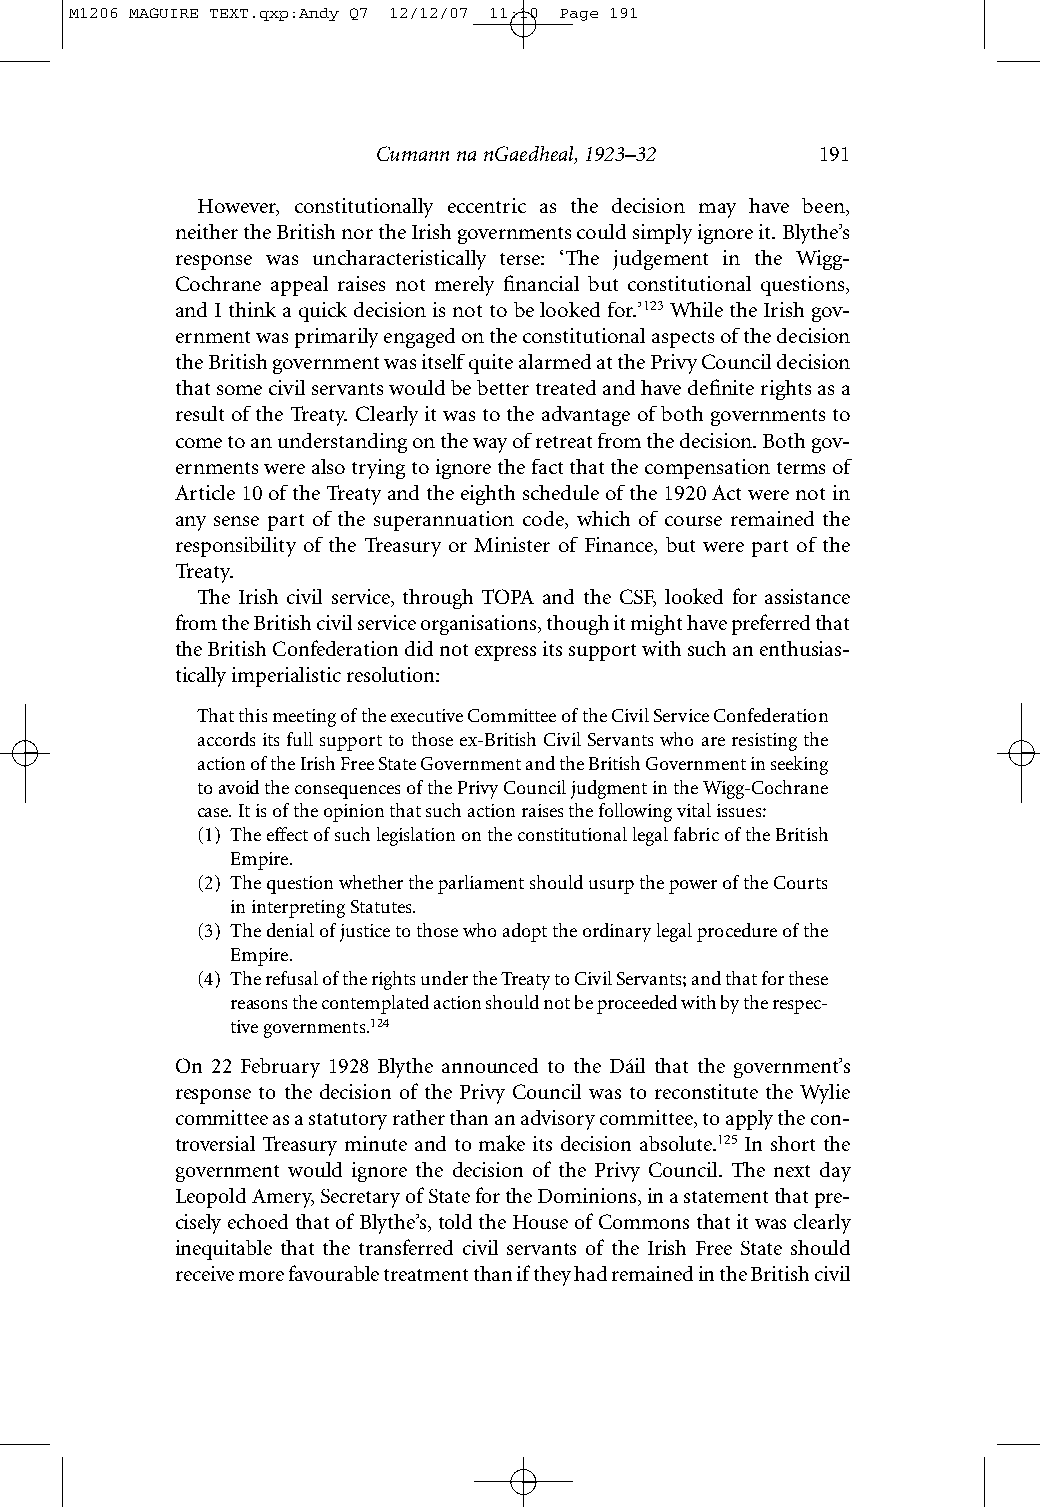
M1206 MAGUIRE TEXT.qxp:Andy Q7 12/12/07 11:10 Page 191
 Cumann na nGaedheal, 1923–32 191
 However, constitutionally eccentric as the decision may have been,
 neithertheBritishnortheIrishgovernmentscouldsimplyignoreit.Blythe’s
 response was uncharacteristically terse: ‘The judgement in the Wigg-
 Cochrane appeal raises not merely financial but constitutional questions,
 andIthinkaquickdecisionisnottobelookedfor.’123WhiletheIrishgov-
 ernmentwasprimarilyengagedontheconstitutionalaspectsofthedecision
 theBritishgovernmentwasitselfquitealarmedatthePrivyCouncildecision
 thatsomecivilservantswouldbebettertreatedandhavedefiniterightsasa
 resultof theTreaty.Clearlyitwastotheadvantageof bothgovernmentsto
 cometoanunderstandingonthewayofretreatfromthedecision.Bothgov-
 ernmentswerealsotryingtoignorethefactthatthecompensationtermsof
 Article10of theTreatyandtheeighthscheduleof the1920Actwerenotin
 any sense part of the superannuation code, which of course remained the
 responsibility of the Treasury or Minister of Finance, but were part of the
 Treaty.
 The Irish civil service, through TOPA and the CSF, looked for assistance
 from the British civil service organisations, though it might have preferred that
 the British Confederation did not express its support with such an enthusias-
 tically imperialistic resolution:
 That this meeting of the executive Committee of the Civil Service Confederation
 accords its full support to those ex-British Civil Servants who are resisting the
 action of the Irish Free State Government and the British Government in seeking
 to avoid the consequences of the Privy Council judgment in the Wigg-Cochrane
 case. It is of the opinion that such action raises the following vital issues:
 (1) The effect of such legislation on the constitutional legal fabric of the British
 Empire.
 (2) The question whether the parliament should usurp the power of the Courts
 in interpreting Statutes.
 (3) The denial of justice to those who adopt the ordinary legal procedure of the
 Empire.
 (4) The refusal of the rights under the Treaty to Civil Servants; and that for these
 reasons the contemplated action should not be proceeded with by the respec-
 tive governments.124
 On 22 February 1928 Blythe announced to the Dáil that the government’s
 response to the decision of the Privy Council was to reconstitute the Wylie
 committee as a statutory rather than an advisory committee, to apply the con-
 troversial Treasury minute and to make its decision absolute.125 In short the
 government would ignore the decision of the Privy Council. The next day
 Leopold Amery, Secretary of State for the Dominions, in a statement that pre-
 cisely echoed that of Blythe’s, told the House of Commons that it was clearly
 inequitable that the transferred civil servants of the Irish Free State should
 receive more favourable treatment than if they had remained in the British civil